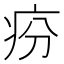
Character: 𤵇